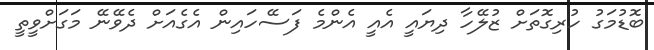
ބޮޑުމަގު ހުރިގޮތަށް ޒުލޭހާ ދިޔައީ އެއީ އެންމެ ފަސޭހައިން އެގެއަށް ދެވޭނޭ މަގަށްވީތީ